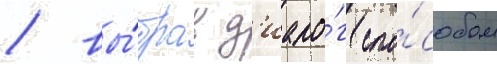
/ вы́брав д'иало́г спо́собом